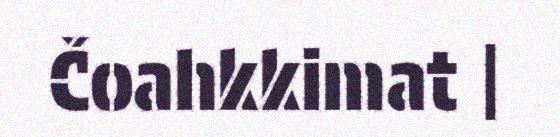
Čoahkkimat |